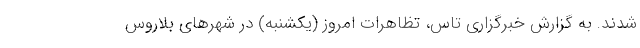
شدند. به گزارش خبرگزاری تاس، تظاهرات امروز (یکشنبه) در شهرهای بلاروس